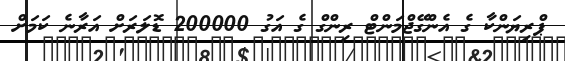
ޕްރިޔަންކާ ގެ އެންގޭޖްމަންޓް ރިންގް ގެ އަގު 200000 ޑޮލަރަށް އަރާނެ ކަމަށް